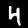
Label: 4